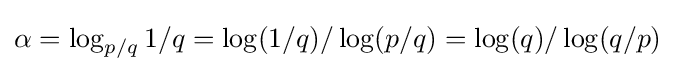
\alpha =\log _{p/q}1/q=\log(1/q)/\log(p/q)=\log(q)/\log(q/p)